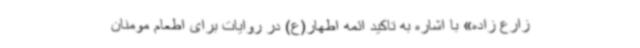
زارع زاده» با اشاره به تاکید ائمه اطهار(ع) در روایات برای اطعام مومنان